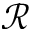
\mathcal { R }